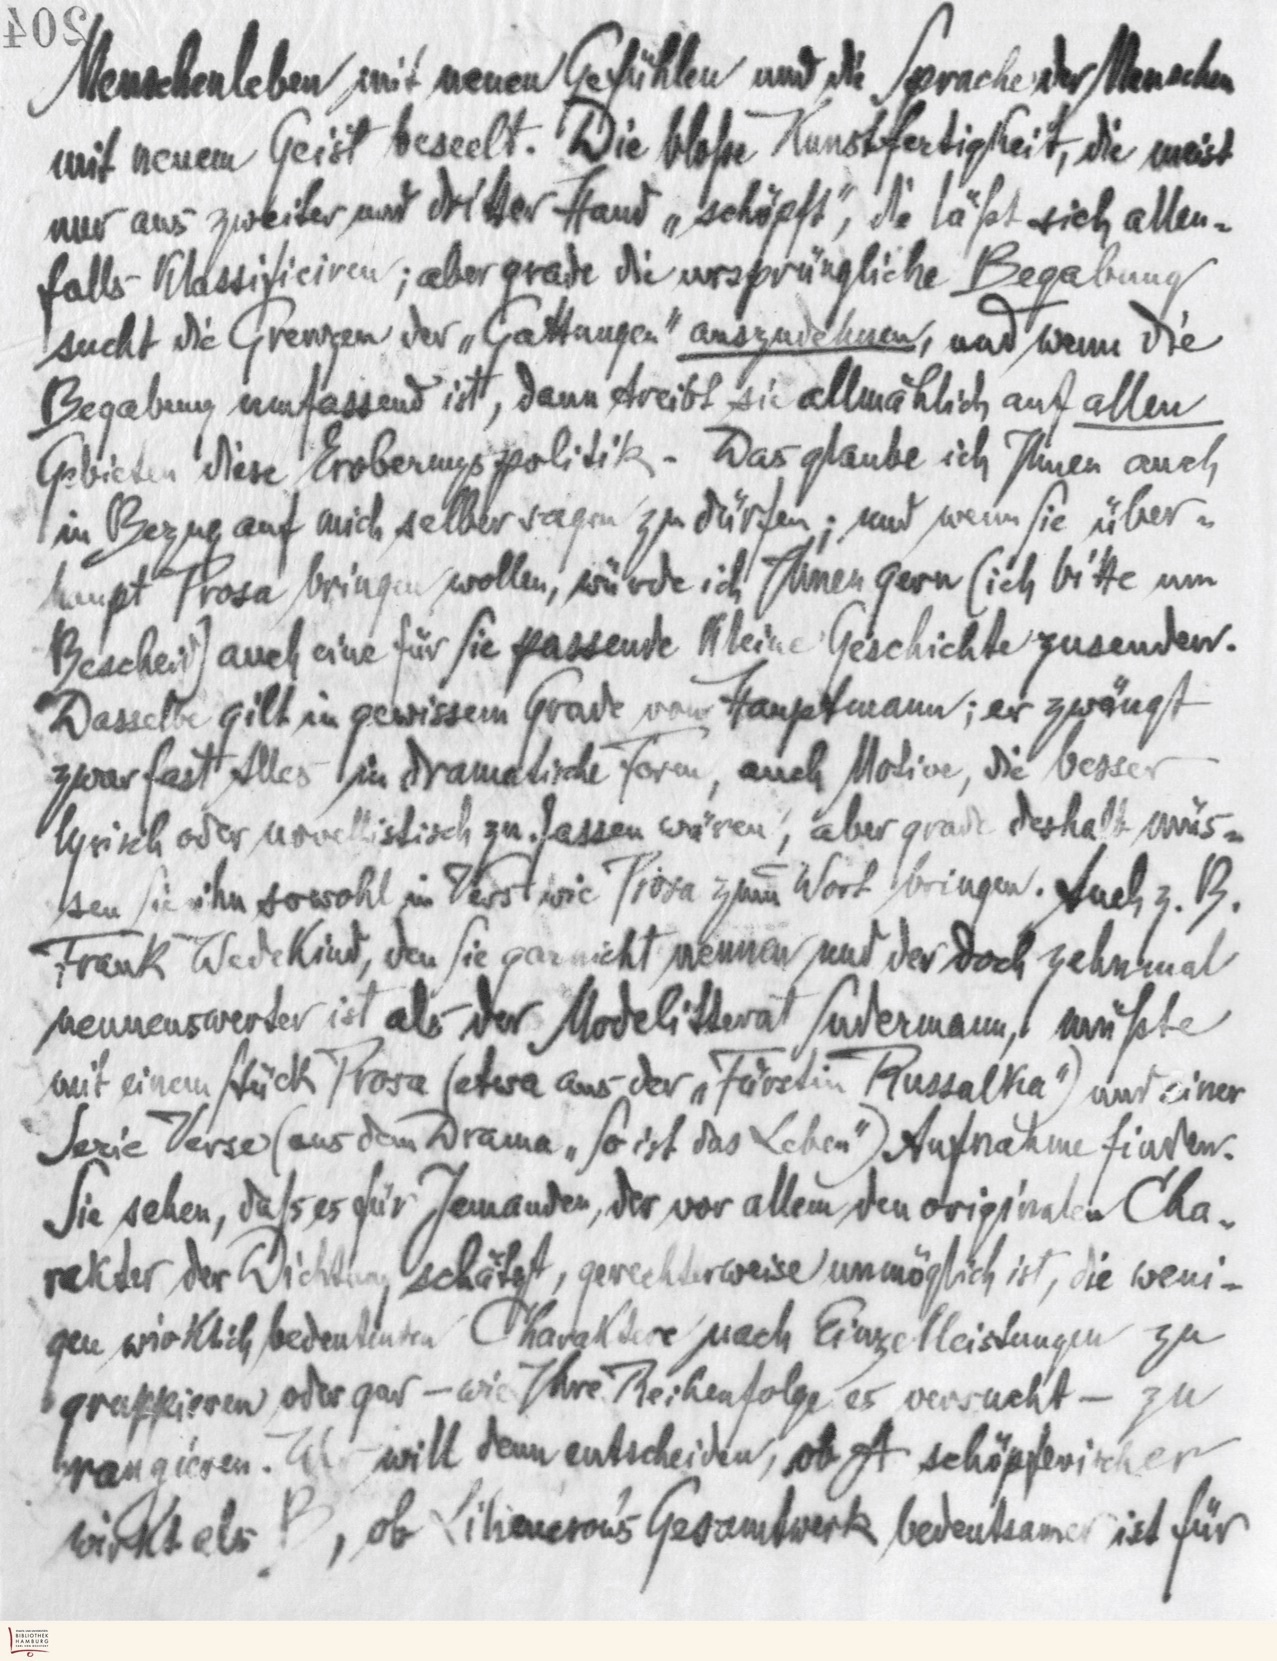
Menschenleben mit neuen Gefühlen und die Sprache der Menschen
mit neuem Geist beseelt. Die bloße Kunstfertigkeit, die meist
nur aus zweiter und dritter Hand „schöpft", die läßt sich allen-
falls klassifiziren; aber grade die ursprüngliche Begabung
sucht die Grenzen der „Gattungen" auszudehnen, und wenn die
Begabung umfassend ist, dann treibt sie allmählich auf allen
Gebieten diese Eroberungspolitik. Das glaube ich Ihnen auch
in Bezug auf mich selber sagen zu dürfen; und wenn Sie über-
haupt Prosa bringen wollen, würde ich Ihnen gern (ich bitte um
Bescheid) auch eine für Sie passende kleine Geschichte zusenden.
Dasselbe gilt in gewissem Grade von Hauptmann; er zwängt
zwar fast Alles in dramatische Form, auch Motive, die besser
lyrisch oder novellistischzu fassen wären, aber grade deshalb müs-
sen Sie ihn sowohl in Vers wie Prosa zum Wort bringen. Auch z.B.
Frank Wedekind, den Sie gar nicht nennen und der doch zehnmal
nennenswerter ist als der Modelitterat Sudermann, müßte
mit einem Stück Prosa (etwa aus der „Fürstin Russalka") und einer
Serie Verse (aus dem Drama „So ist das Leben") Aufnahme finden.
Sie sehen, daß es für Jemanden, der vor allem den originalen Cha-
rakter der Dichtung schätzt, gerechterweise unmöglich ist, die weni-
gen wirklich bedeutenden Charaktere nach Einzelleistungen zu
gruppieren oder gar – wie Ihre Reihenfolge es versucht – zu
rangieren. Wer will denn entscheiden, ob A schöperischer
wirkt als B, ob Liliencrons Gesamtwerk bedeutsamer ist für